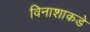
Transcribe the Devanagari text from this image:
विनाशाकडे